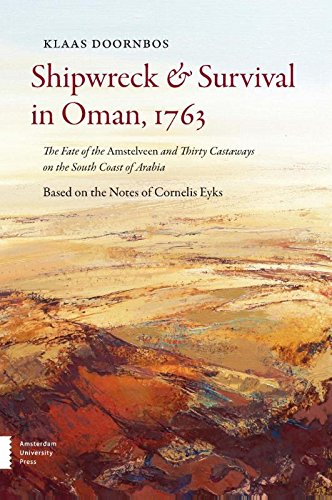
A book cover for Shipwreck and Survival in Oman, 1763: The Fate of the Amstelveen and Thirty Castaways on the South Coast of Arabia; Klaas Doornbos; History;